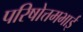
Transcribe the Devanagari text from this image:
परिषोत्तमभाई